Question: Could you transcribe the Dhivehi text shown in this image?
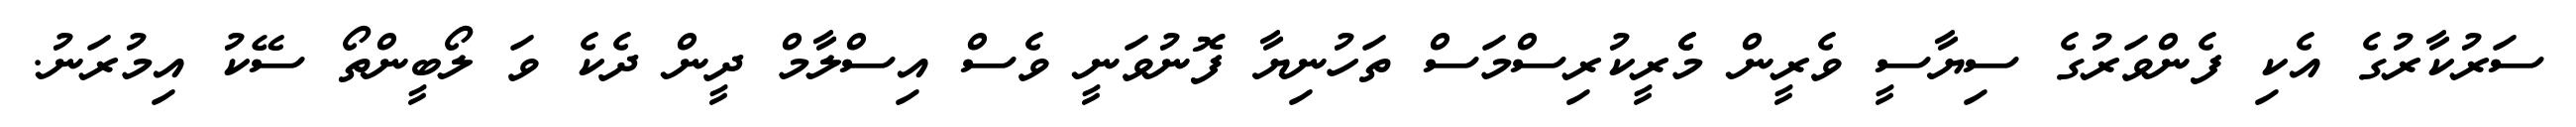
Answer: ސަރުކާރުގެ އެކި ފެންވަރުގެ ސިޔާސީ ވެރީން މެެރީކުރިސްމަސް ތަހުނިޔާ ފޮނުވަނީ ވެސް އިސްލާމް ދީން ދެކެ ވަ ލޯބީންތޯ ސޭކު އިމުރަނު.